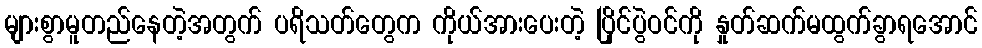
များစွာမူတည်နေတဲ့အတွက် ပရိသတ်တွေက ကိုယ်အားပေးတဲ့ ပြိုင်ပွဲဝင်ကို နှုတ်ဆက်မထွက်ခွာရအောင်